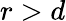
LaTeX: r>d